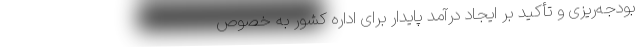
بودجه‌ریزی و تأکید بر ایجاد درآمد پایدار برای اداره کشور به خصوص